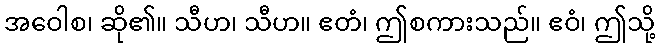
အဝေါစ၊ ဆို၏။ သီဟ၊ သီဟ။ ဧတံ၊ ဤစကားသည်။ ဧဝံ၊ ဤသို့